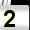
Digit: 2